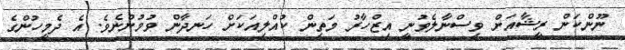
ނޫންކަން ރީޝާއަށް ވިސްނާލެވުނީ އިޒްހާރު މަތިން ކުއްލިއަކަށް ހަނދާންް ވުމުންނެވެ. އެ ދެމީހުންގެ